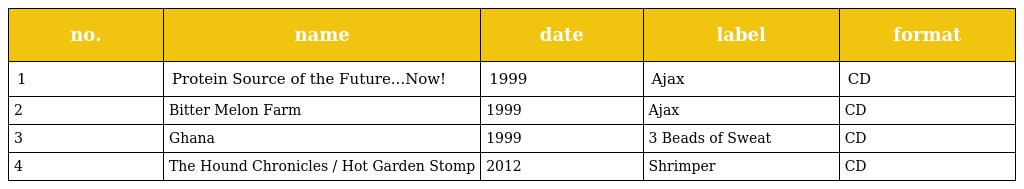
| no. | name | date | label | format |
 | --- | --- | --- | --- | --- |
 | 1 | Protein Source of the Future...Now! | 1999 | Ajax | CD |
 | 2 | Bitter Melon Farm | 1999 | Ajax | CD |
 | 3 | Ghana | 1999 | 3 Beads of Sweat | CD |
 | 4 | The Hound Chronicles / Hot Garden Stomp | 2012 | Shrimper | CD |